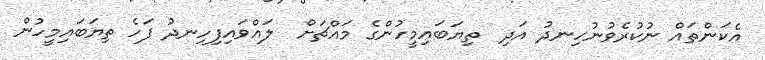
އެކަންތައް ނުކުރެވުނުހިނދު އަދި  ތިޔަބައިމީހުންގެ މައްޗަށް  ލައްވައިފިހިނދު ފަހެ ތިޔަބައިމީހުން